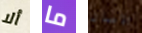
ألا ما الامان